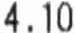
4.10